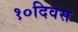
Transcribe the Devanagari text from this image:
१०दिवस